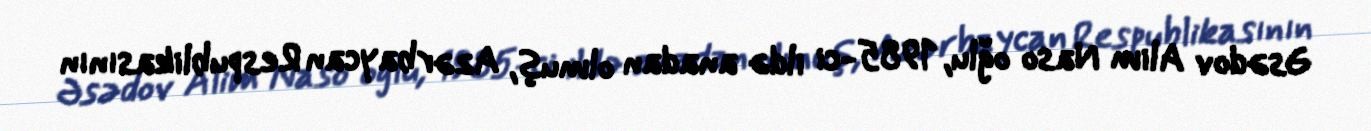
Əsədov Alim Naso oğlu, 1985-ci ildə anadan olmuş, Azərbaycan Respublikasının